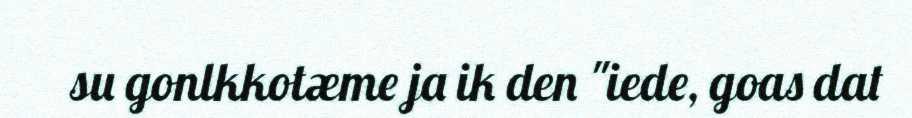
su gonlkkotæme ja ik den "iede, goas dat